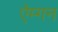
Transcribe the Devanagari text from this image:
ऐम्गन